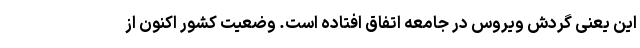
این یعنی گردش ویروس در جامعه اتفاق افتاده است. وضعیت کشور اکنون از